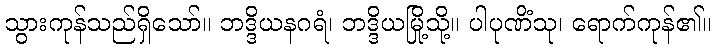
သွားကုန်သည်ရှိသော်။ ဘဒ္ဒိယနဂရံ၊ ဘဒ္ဒိယမြို့သို့။ ပါပုဏိံသု၊ ရောက်ကုန်၏။